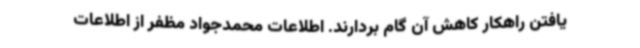
یافتن راهکار کاهش آن گام بردارند. اطلاعات محمدجواد مظفر از اطلاعات